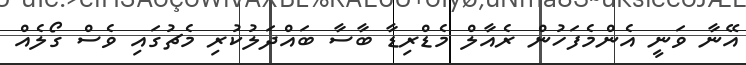
އޭނާ ވަނީ އެންމެފަހުން ރެއާލް މެޑްރިޑާ ބާސާ ބައްދަލުކުރި މެޗުގައި ވެސް ގޯލެއް